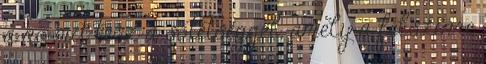
a nő mit tesz a sötétséggel, amely a felszínre